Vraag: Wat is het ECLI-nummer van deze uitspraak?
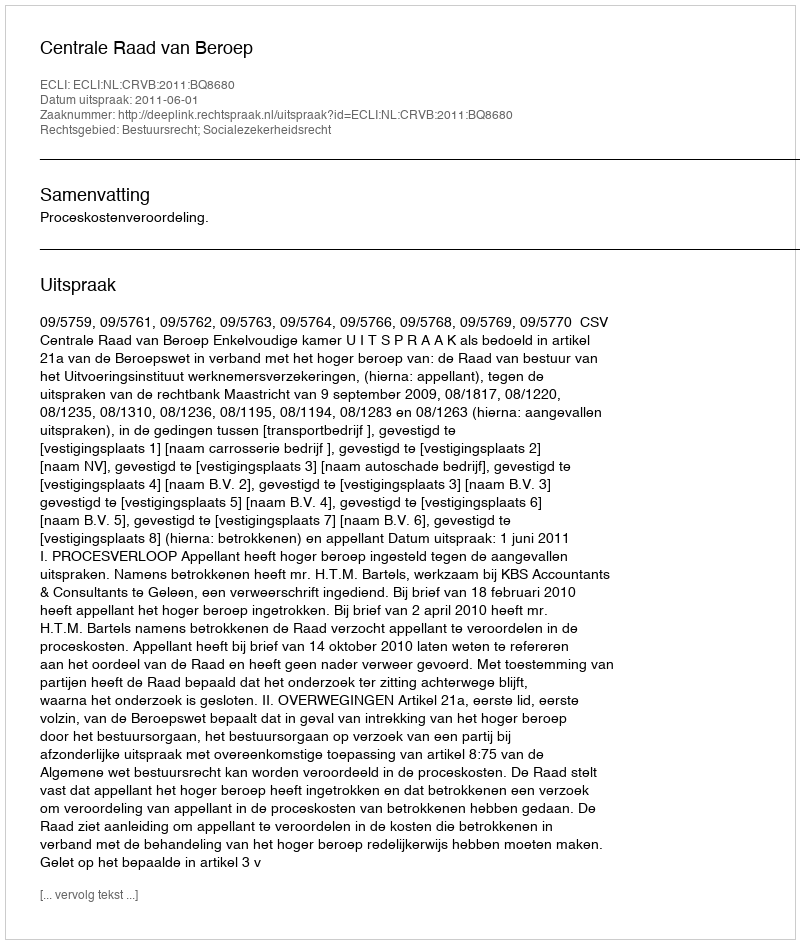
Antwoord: ECLI:NL:CRVB:2011:BQ8680